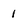
Character: 1